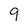
Character: 9